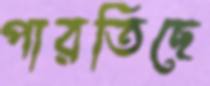
পারতিছে